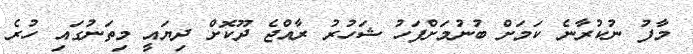
މާފު ނުކުރާނެ ކަމަށް ބުނުމަށްފަހު ޝަހުރު ރާއްޖެ ދޫކޮށް ދިޔައީ މިތަނުގައި ހުރެ